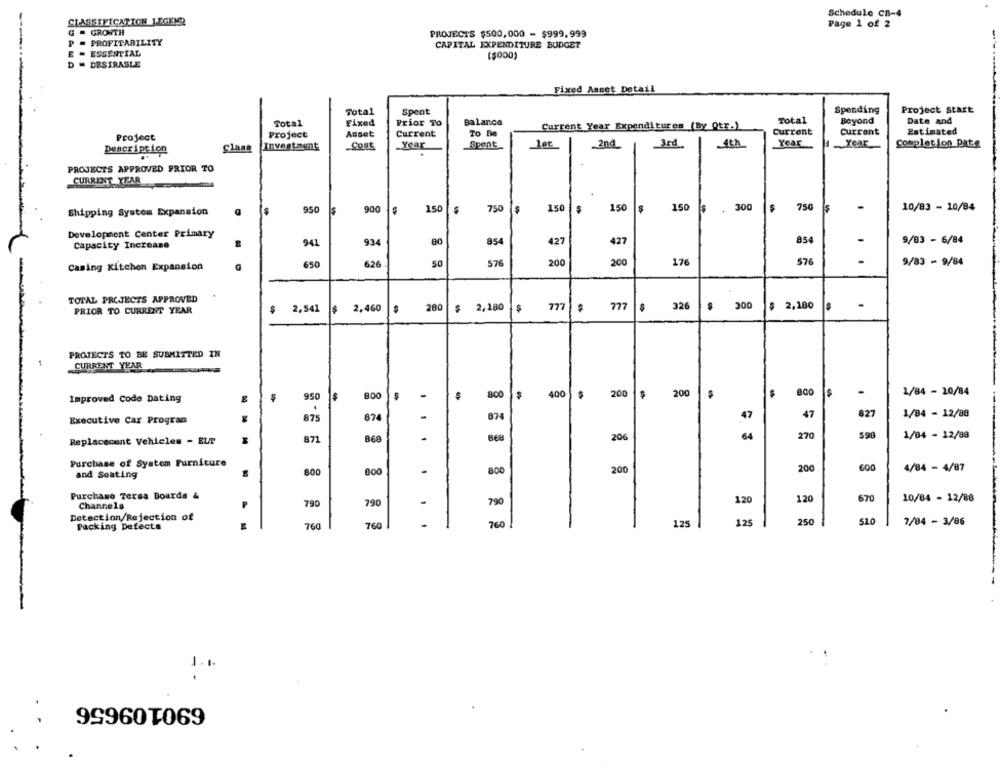
Schedule CB-4
CLASSIFICATION JEGEN?
Page 1 of 2
G = GROWTH
PROJECTS $500,000 - $999,999
P = PROFITABILITY
CAPITAL EXPENDITURE BUDGET
E - ESSENTIAL
($000)
D - DESIRABLE
Fixed Asset Detail
Total
Spent
Spending
Project Start
Total
Fixed
Prior To
Balance
Total
Beyond
Date and
Current Year Expenditures (By Otr.)
Current
Current
Estimated
Project
Project
Asset
Current
To Be
Investment
Year
Spent
Year
Year
Completion Pate
Description
Class
Cont
2nd3rd.
PROJECTS APPROVED PRIOR TO
CURRENT YEAR
750
150
150
S
150
. 300
750
-
Shipping System Expansion
950
900
150
$
10/83 - 10/84
Development Center Primary
Capacity Increase
941
934
80
854
427
427
854
9/03 - 6/84
176
576
-
Casing Kitchen Expansion
650
626
50
576
200
200
9/83 - 9/84
TOTAL PROJECTS APPROVED
OOC
$ 2,180
777
777
326
$
$ 2,100
PRIOR TO CURRENT YEAR
$ 2,541
$ 2.460
200
$
$
PROJECTS TO BE SUBMITTED IN
1
CURRENT YEAR
Improved Code Dating
950
$
BOO
$
800
400
$
200
200
$
1/84 - 10/84
.
47
827
1/84 - 12/88
Executive Car Program
875
874
874
47
64
270
598
1/04 - 12/88
Replacement Vehicles - ELT
871
868
206
...
Purchase of System Furniture
4/84 - 4/87
and Seating
800
BO
800
200
200
600
Purchase Tersa Boards &
120
670
10/84 - 12/88
Channels
790
790
-
790
120
Detection/Rejection of
51.0
Packing Defects
760
760
1
760
125
125
250
7/84 - 3/86
1 .1.
690109656